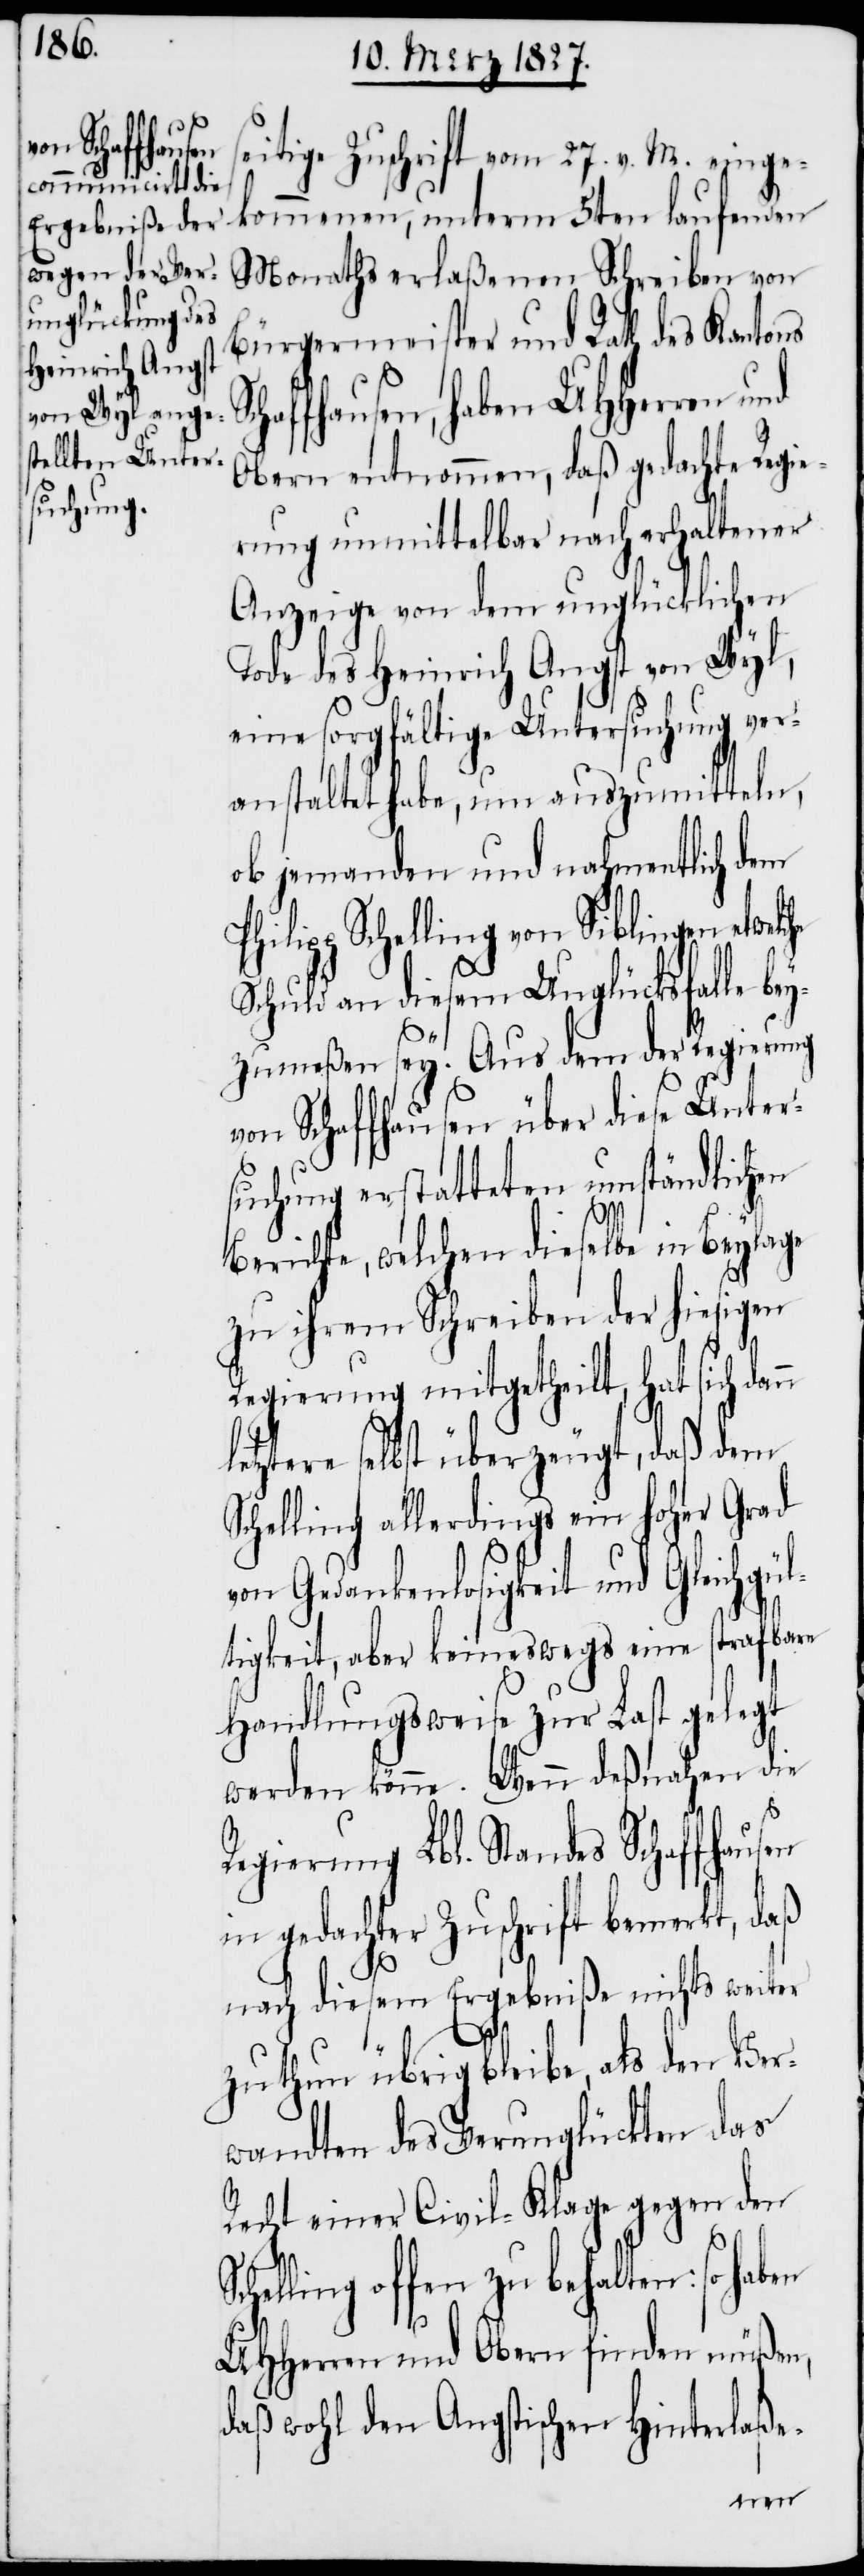
eitige Zuschrift vom 27. v. M. einge¬
kommenen, unterm 5ten laufenden
Monaths erlaßenen Schreiben von
Bürgermeister und Rath des Kantons
haffhausen, haben UHHerren und
Obern entnommen, daß gedachte Regie¬
rung unmittelbar nach erhaltener
Anzeige von dem unglücklichen
Tode des Heinrich Angst von Wyl,
eine sorgfältige Untersuchung ver¬
anstaltet habe, um auszumitteln,
ob jemanden und nahmentlich dem
Philipp Schelling von Siblingen etw¬
Schuld an diesem Unglücksfalle bey¬
Sc¬
zumeßen sey. Aus dem der Regierung
von Schaffhausen über diese Unter¬
suchung erstatteten umständlichen
Berichte, welchen dieselbe in Beylage
zu ihrem Schreiben der hiesigen
Regierung mitgetheilt, hat sich dan¬
letztere selbst überzeugt, daß dem
Schelling allerdings ein hoher Grad
von Gedankenlosigkeit und Gleichgül¬
tigkeit, aber keineswegs eine strafbare
Handlungsweise zur Last gelegt
werden könne. Wenn deßnahen die
Regierung Lbl. Standes Schaffhausen
in gedachter Zuschrift bemerkt, daß
elche
nach diesem Ergebniße nichts weiter
zu thun übrig bleibe, als den Ver¬
wandten des Verunglückten das
Recht einer Civil-Klage gegen den
helling offen zu behalten: so haben
UHHerren und Obern finden müßen,
daß wohl den Angstischen Hinterlaße-